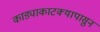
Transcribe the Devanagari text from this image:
काड्याकाटक्यापासुन